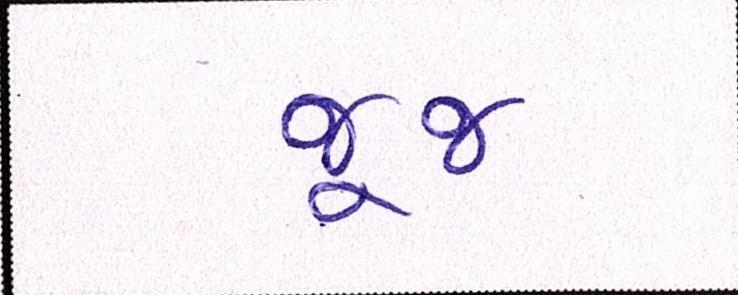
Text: જૂજ